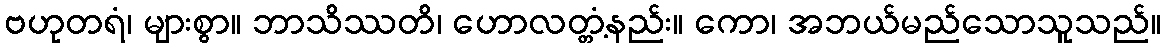
ဗဟုတရံ၊ များစွာ။ ဘာသိဿတိ၊ ဟောလတ္တံ့နည်း။ ကော၊ အဘယ်မည်သောသူသည်။